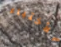
الأختباء